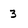
Character: 3